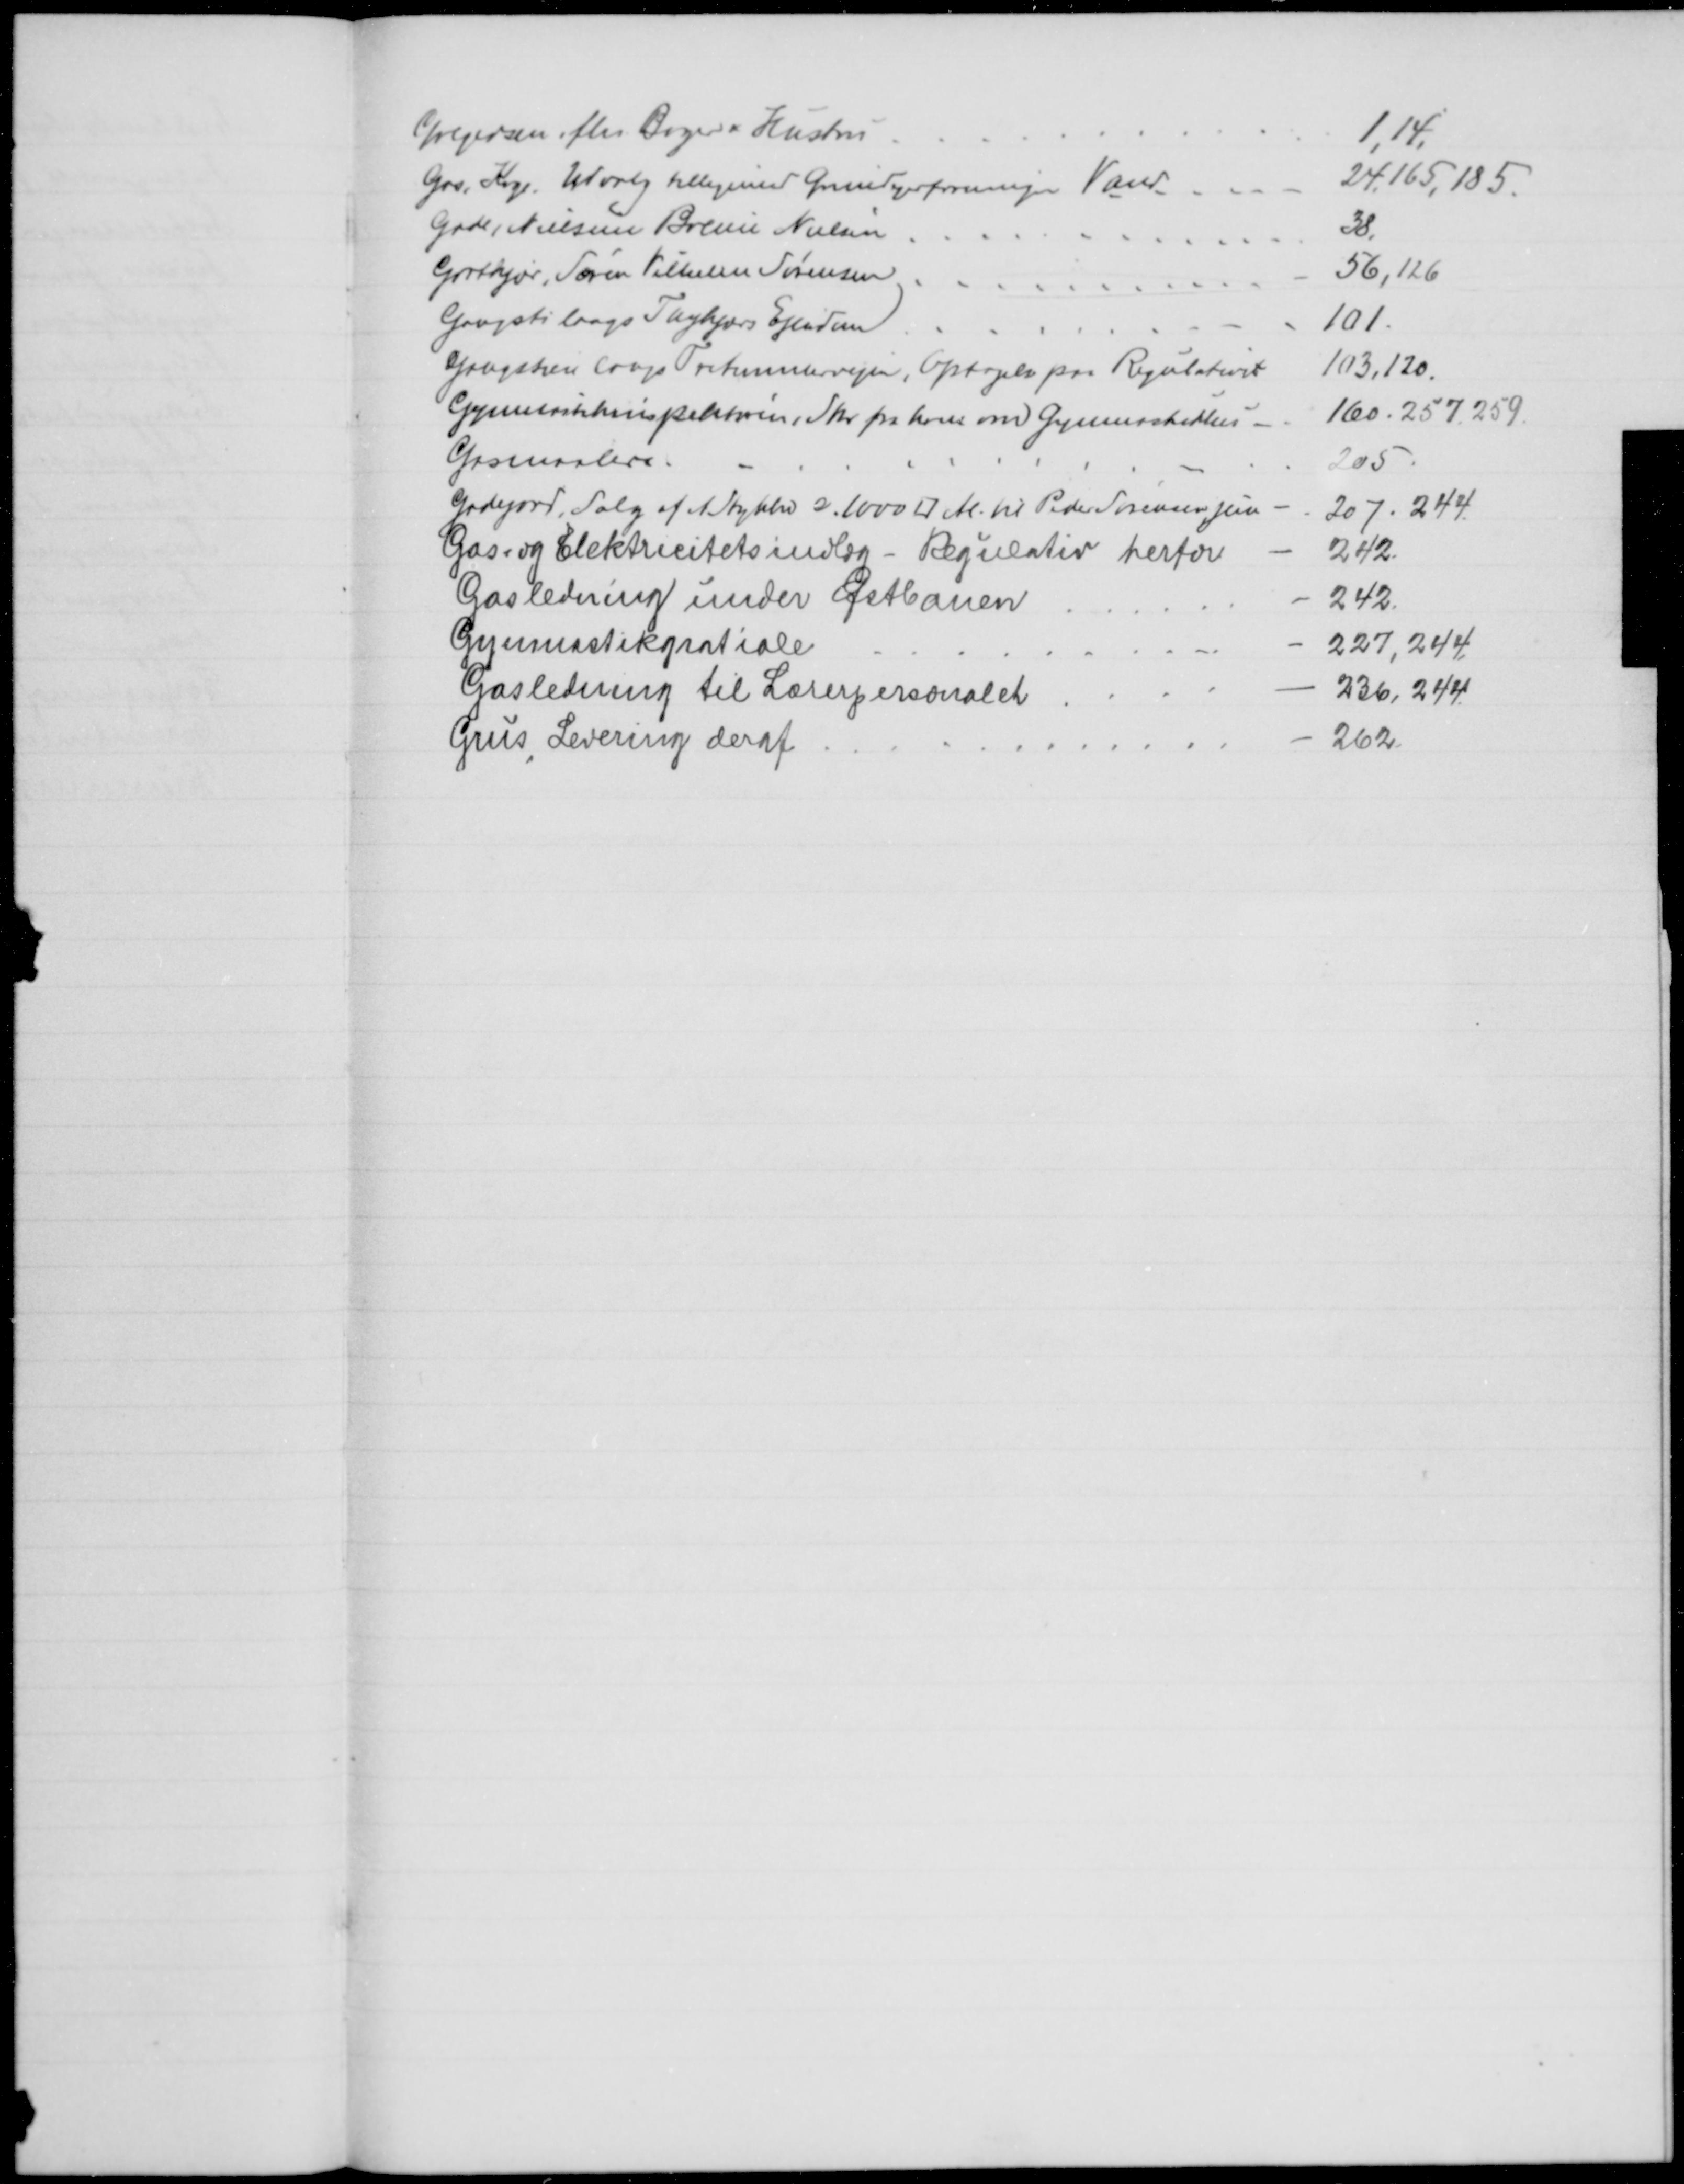
Transskription:
Gregersen, fhv. Bager & Hustru
1,14,
Gas, Koge. Udvalg tilligemed Grundejerforeningen Vand
24,165,185
Gade, Nielsine Boline Nielsen
38,
Grotkjær, Søren Vilhelm Sørensen
56,126
Gangsti langs Thykjærs Ejendom
101
Gangstien langs Tretommervejen, Optagelse paa Regulativet
103,120.
Gymnastikinspektøren, Skr. fra ham om Gymnsstikken 
160.257,259
Gasmaalere.
205
Gadejord, Salg af et Stykke a. 1000 □ Al. til Peder Sørensen jun
207. 244.
Gas- og Elektricitets indlæg - Regulativ herfor
242.
Gasledning under Østbanen
242
Gymnastikgratiale
227,244
Gasledning til Lærerpersonalet
236,244
Grus, Levering deraf
262.